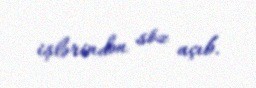
işlərindən söz açıb.